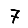
Digit: 7